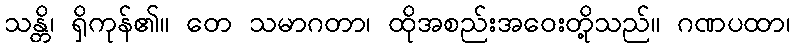
သန္တိ၊ ရှိကုန်၏။ တေ သမာဂတာ၊ ထိုအစည်းအဝေးတို့သည်။ ဂဏပထာ၊